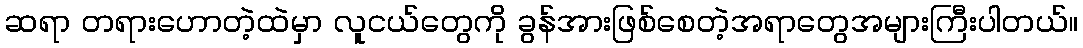
ဆရာ တရားဟောတဲ့ထဲမှာ လူငယ်တွေကို ခွန်အားဖြစ်စေတဲ့အရာတွေအများကြီးပါတယ်။